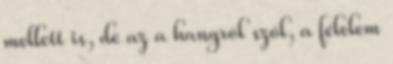
mellett is, de az a hangról szól, a félelem